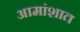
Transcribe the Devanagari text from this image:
आमांशात